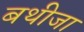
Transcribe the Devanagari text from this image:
बथीजा